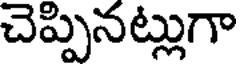
చెప్పినట్లుగా